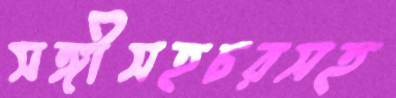
সঙ্গীসহচরসহ